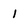
Character: 1